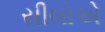
સીલોએ